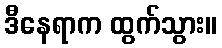
ဒီနေရာက ထွက်သွား။